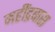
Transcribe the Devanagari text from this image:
महींद्रबास